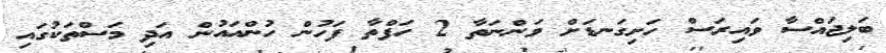
ބަލިޖައްސާ ވައިރަސް ހަށިގަނޑަށް ވަންނަތާ 2 ހަފްތާ ފަހުން ހުންއައުން އަދި މަސްތަކުގައި